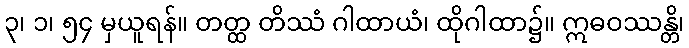
၃၊ ၁၊ ၅၄ မှယူရန်။ တတ္ထ တိဿံ ဂါထာယံ၊ ထိုဂါထာ၌။ ဣဓဝဿန္တိ၊